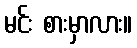
မင်း စားမှာလား။